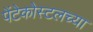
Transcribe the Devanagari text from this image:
पेंटेकोस्टलच्या